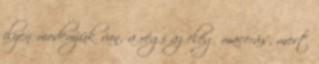
ilyen modemjük van, a régi az elég macerás, mert